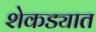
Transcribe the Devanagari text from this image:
शेकड्यात